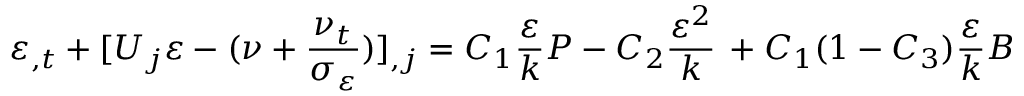
\varepsilon _ { , t } + [ U _ { j } \varepsilon - ( \nu + \frac { \nu _ { t } } { \sigma _ { \varepsilon } } ) ] _ { , j } = C _ { 1 } \frac { \varepsilon } { k } P - C _ { 2 } \frac { \varepsilon ^ { 2 } } { k } \, + C _ { 1 } ( 1 - C _ { 3 } ) \frac { \varepsilon } { k } B